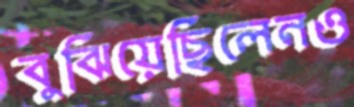
বুঝিয়েছিলেনও